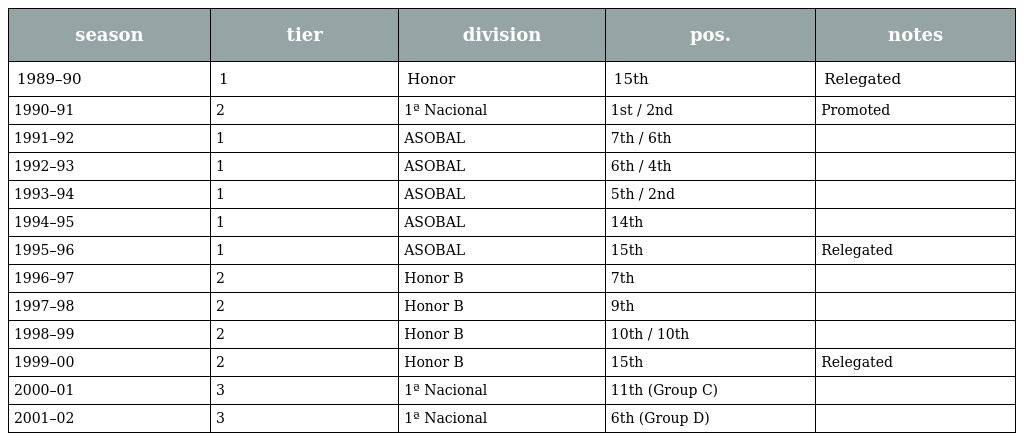
| season | tier | division | pos. | notes |
 | --- | --- | --- | --- | --- |
 | 1989–90 | 1 | Honor | 15th | Relegated |
 | 1990–91 | 2 | 1ª Nacional | 1st / 2nd | Promoted |
 | 1991–92 | 1 | ASOBAL | 7th / 6th |  |
 | 1992–93 | 1 | ASOBAL | 6th / 4th |  |
 | 1993–94 | 1 | ASOBAL | 5th / 2nd |  |
 | 1994–95 | 1 | ASOBAL | 14th |  |
 | 1995–96 | 1 | ASOBAL | 15th | Relegated |
 | 1996–97 | 2 | Honor B | 7th |  |
 | 1997–98 | 2 | Honor B | 9th |  |
 | 1998–99 | 2 | Honor B | 10th / 10th |  |
 | 1999–00 | 2 | Honor B | 15th | Relegated |
 | 2000–01 | 3 | 1ª Nacional | 11th (Group C) |  |
 | 2001–02 | 3 | 1ª Nacional | 6th (Group D) |  |